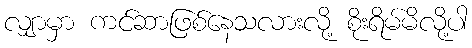
လျှာမှာ ကင်ဆာဖြစ်နေသလားလို့ စိုးရိမ်မိလို့ပါ